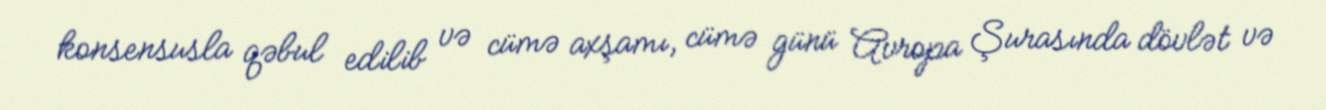
konsensusla qəbul edilib və cümə axşamı, cümə günü Avropa Şurasında dövlət və